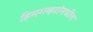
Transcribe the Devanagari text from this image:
हिमगव्हरांमधील